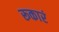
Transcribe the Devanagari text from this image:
रूकारं